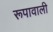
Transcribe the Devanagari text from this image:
रूपावाली